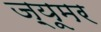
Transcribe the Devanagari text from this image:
ज़्यूमर